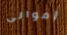
أموالى